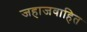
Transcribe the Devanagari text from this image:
जहाजवाहित